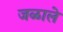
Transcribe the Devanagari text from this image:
जळाले